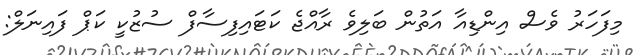
މިފަހަރު ވެސް އިންޑިއާ އަތުން ބަލިވެ ރާއްޖެ ކަޓައިފިސާފް ސުޒުކީ ކަޕް ފައިނަލް: